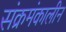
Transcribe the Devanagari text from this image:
संक्रमंकालीन